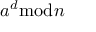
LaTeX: a ^ { d } { \bmod { n } }